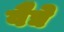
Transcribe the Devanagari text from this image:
वैद्ये